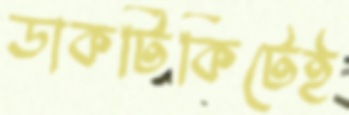
ডাকটিকিটেই